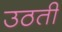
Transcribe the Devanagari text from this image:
उठतीं